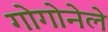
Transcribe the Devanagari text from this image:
गोगोनेले